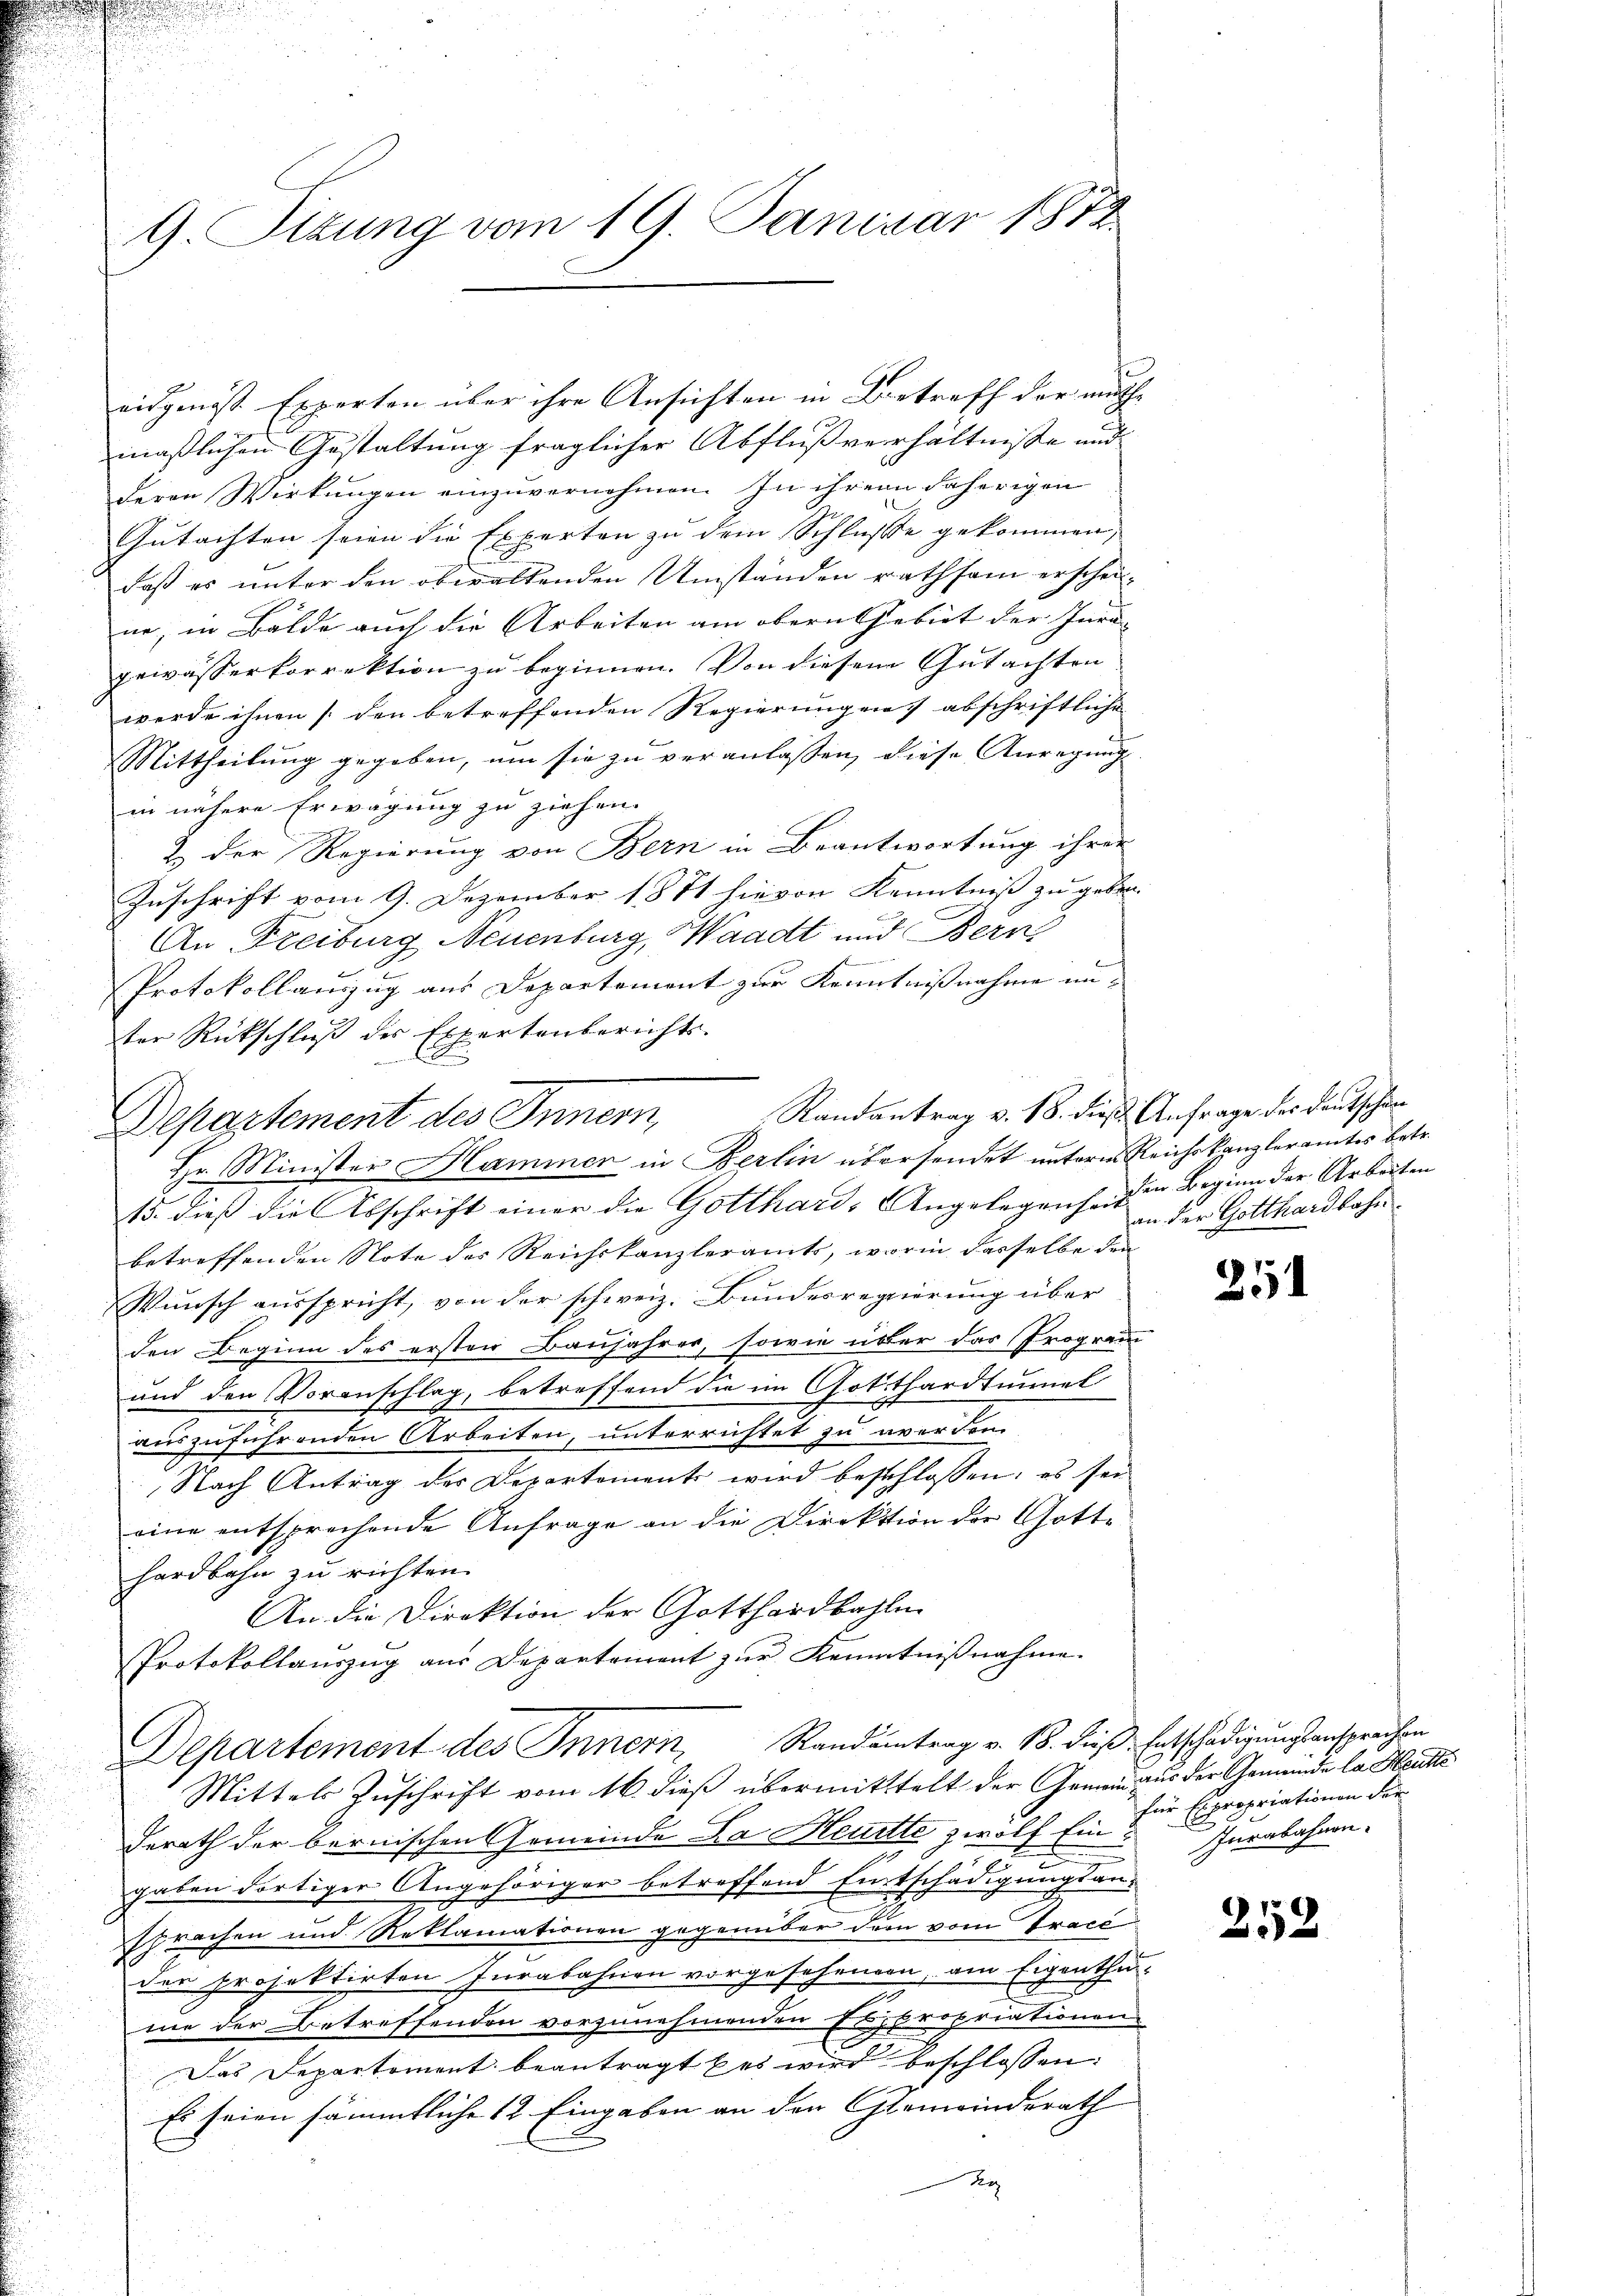
G. Ottung vom 19. Januar 1872

eidgenöss Experten über ihre Ansichten in Betreff der muthmaßlichen Gestaltung fraglicher Abflußverhältnisse und
deren Wirkungen einzuvernehmen. In ihrem daherigen
Gutachten seien die Experten zu dem Schlusse gekommen,
daß es unter den obwaltenden Umständen rathsam erscheine, in Bälde auch die Arbeiten am obern Gebiet der Inrä- |
gewässerkorrektion zu beginnen. Von diesem Gutachten
werde ihnen (den betreffenden Regierungen abschriftliche
Mittheilung gegeben, um sie zu veranlassen, diese Anregung
in nähere Erwägung zu ziehen.
& der Regierung von Bern in Beantwortung ihrer
Zuschrift vom 9. Dezember 1871 hievon Kenntniß zu geben.
An Freiburg Neuenburg, Waadt und Bern
.
Protokollauszug aus Departement zur Kenntnißnahme unter Rückschluß des Expertenberichts-
A
Departement des Innern,
Hr. Minister Hammen in Berlin übersendet unterm Reichskanzleramtes betr.
15. dieß die Abschrift einer die Gotthard-Angelegenheit
betreffenden Note des Reichskanzleramts, worin dasselbe den
Wunsch ausspricht, von der schweiz. Bundesregierung über
den Beginn des ersten Baŭjahrer, sowie über das Program
und den Voranschlag, betreffend die im Gotthardtunnel
auszuführenden Arbeiten, unterrichtet zu werdem
Nach Antrag des Departement wird beschlossen: es sei
eine entsprechende Anfrage an die Direktion der Gott-
hardbahn zu richten.
An die Direktion der Gotthardbahlen
Protokollauszug aus Departement zur Kenntnißnahme.
Departement des Innern Randeintrag v. 18. dieß, Entschädigungsansprechen
Mittels Zuschrift vom 16. dieß übermittelt der Gemein aus der Gemeinde la Heute
gerath der bernischen Gemeinde Da Heuitte zwölf Eingaben dortiger Angehöriger betreffend Entschädigungsansprachen und Reklamationen gegenüber der vom Tracé
der projektirten Iurabahnen vorgesehendon, am Eigenthu
me der Betreffenden vorzunehmenden Expropriationen
Das Departement beantragt bei wird beschlossen:
Es seien sämmtliche 12 Eingaben an den Gemeinderath
Eg

Randantrag v. 18. dieß Anfrage des Deutschin

den Beginn der Arbeiten
an der Gotthardbahn.

254

für Expropriationen der
Inrabahnen.

252